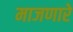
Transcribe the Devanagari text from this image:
माजणारे